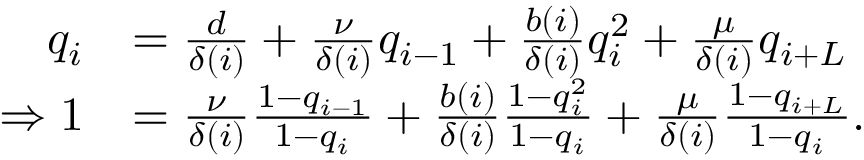
\begin{array} { r l } { q _ { i } } & { = \frac { d } { \delta ( i ) } + \frac { \nu } { \delta ( i ) } q _ { i - 1 } + \frac { b ( i ) } { \delta ( i ) } q _ { i } ^ { 2 } + \frac { \mu } { \delta ( i ) } q _ { i + L } } \\ { \Rightarrow 1 } & { = \frac { \nu } { \delta ( i ) } \frac { 1 - q _ { i - 1 } } { 1 - q _ { i } } + \frac { b ( i ) } { \delta ( i ) } \frac { 1 - q _ { i } ^ { 2 } } { 1 - q _ { i } } + \frac { \mu } { \delta ( i ) } \frac { 1 - q _ { i + L } } { 1 - q _ { i } } . } \end{array}